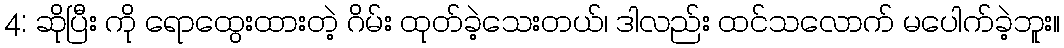
4: ဆိုပြီး ကို ရောထွေးထားတဲ့ ဂိမ်း ထုတ်ခဲ့သေးတယ်၊ ဒါလည်း ထင်သလောက် မပေါက်ခဲ့ဘူး။